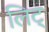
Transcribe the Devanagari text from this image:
लिट्‌